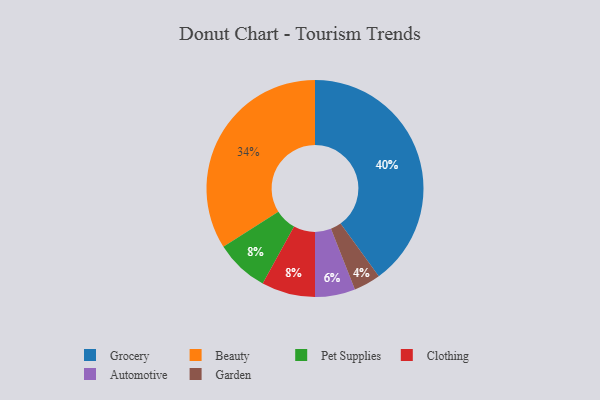
{"axis": {"x": "Category", "y": "Percentage"}, "legend": ["Automotive", "Beauty", "Clothing", "Garden", "Grocery", "Pet Supplies"], "data": [{"x": "Pet Supplies", "y": 8, "type": "Pet Supplies"}, {"x": "Grocery", "y": 40, "type": "Grocery"}, {"x": "Clothing", "y": 8, "type": "Clothing"}, {"x": "Garden", "y": 4, "type": "Garden"}, {"x": "Automotive", "y": 6, "type": "Automotive"}, {"x": "Beauty", "y": 34, "type": "Beauty"}]}